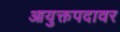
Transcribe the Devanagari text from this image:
आयुक्तपदावर